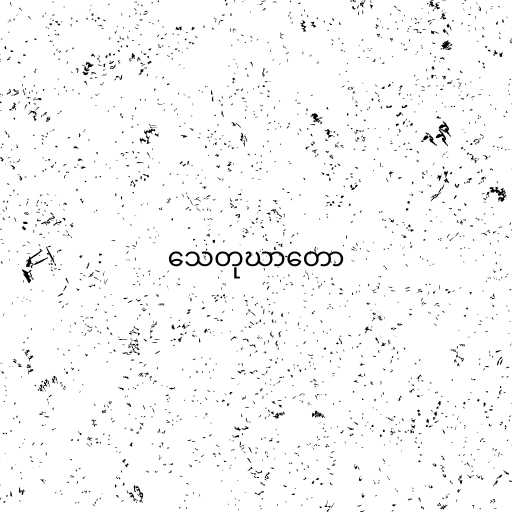
သေတုဃာတော